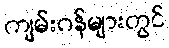
ကျမ်းဂန်များတွင်